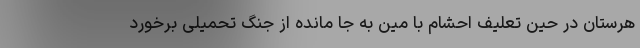
هرستان در حین تعلیف احشام با مین به جا مانده از جنگ تحمیلی برخورد